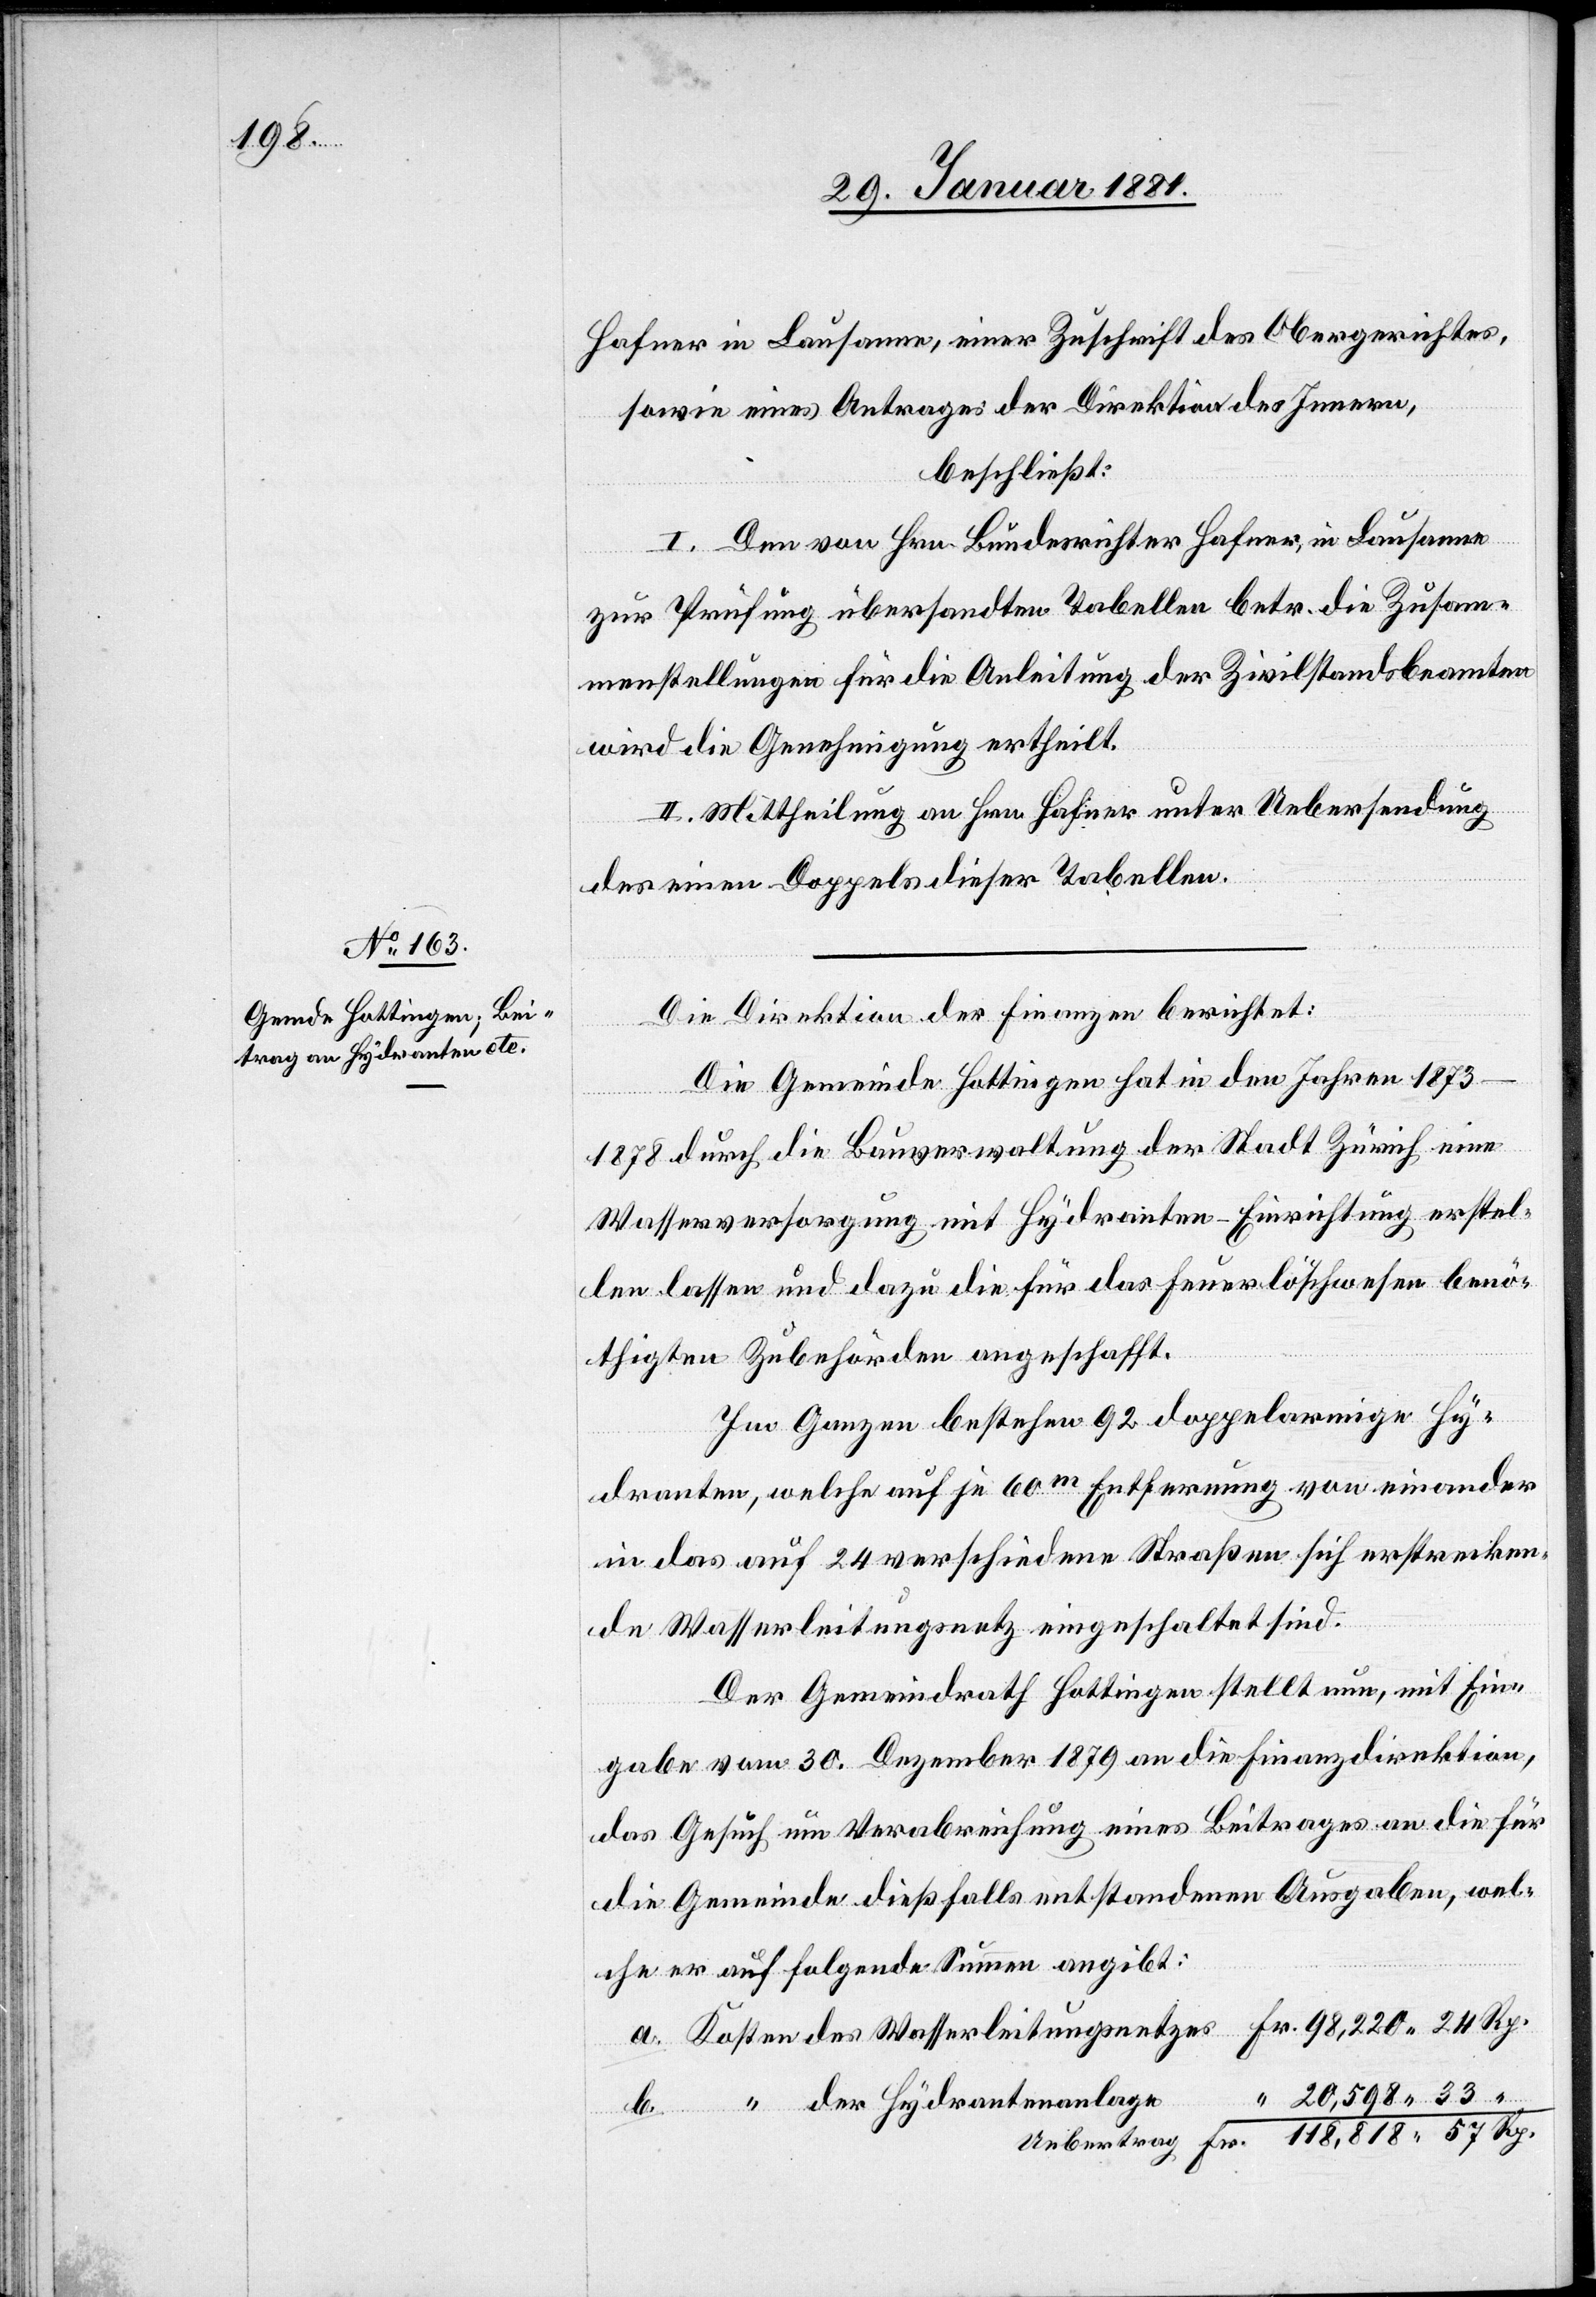
Hafner in Lausanne, einer Zuschrift des Obergerichtes,
sowie eines Antrages der Direktion des Innern,
beschließt:
I. Den von Hrn. Bundesrichter Hafner, in Lausanne
zu Prüfung übersandten Tabellen betr. die Zusam¬
menstellungen für die Anleitung der Zivilstandsbeamten
wird die Genehmigung ertheilt.
II. Mittheilung an Hrn. Hafner unter Uebersendung
des einen Doppels dieser Tabellen.
Die Direktion der Finanzen berichtet:
b.
Die Gemeinde Hottingen hat in den Jahren 1873–1878
der
durch die Bauverwaltung der Stadt Zürich eine
Wasserversorgung mit Hydranten-Einrichtung erstel¬
len lassen und dazu die für das Feuerlöschwesen benö¬
thigten Zubehörden angeschafft.
Im Ganzen bestehen 92 doppelarmige Hy¬
dranten, welche auf je 60m Entfernung von einander
in das auf 24 verschiedene Straßen sich erstrecken¬
de Wasserleitungsnetz eingeschaltet sind.
Der Gemeindrath Hottingen stellt nun, mit Ein¬
das Gesuch um Verabreichung eines Beitrages an die für
die Gemeinde dießfalls entstandenen Ausgaben, wel¬
che er auf folgende Summe angibt:
20,598 33